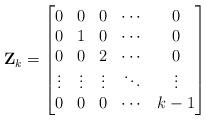
LaTeX: \begin{align*} \mathbf{Z}_k=\begin{bmatrix} 0 & 0 & 0 & \cdots & 0\\ 0 & 1 & 0 & \cdots & 0\\ 0 & 0 & 2 & \cdots & 0\\ \vdots&\vdots&\vdots&\ddots&\vdots\\ 0 & 0 & 0 & \cdots & k-1 \end{bmatrix}\end{align*}